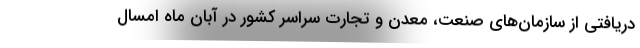
دریافتی از سازمان‌های صنعت، معدن و تجارت سراسر کشور در آبان ماه امسال